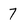
Character: 7